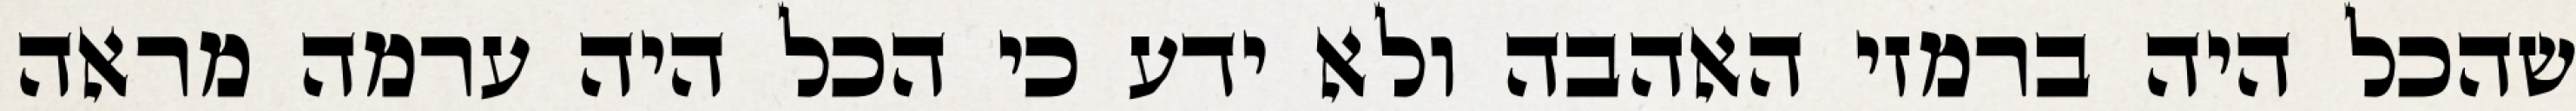
שהכל היה ברמזי האהבה ולא ידע כי הכל היה ערמה מראה